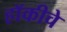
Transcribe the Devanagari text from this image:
हाॅकीचे